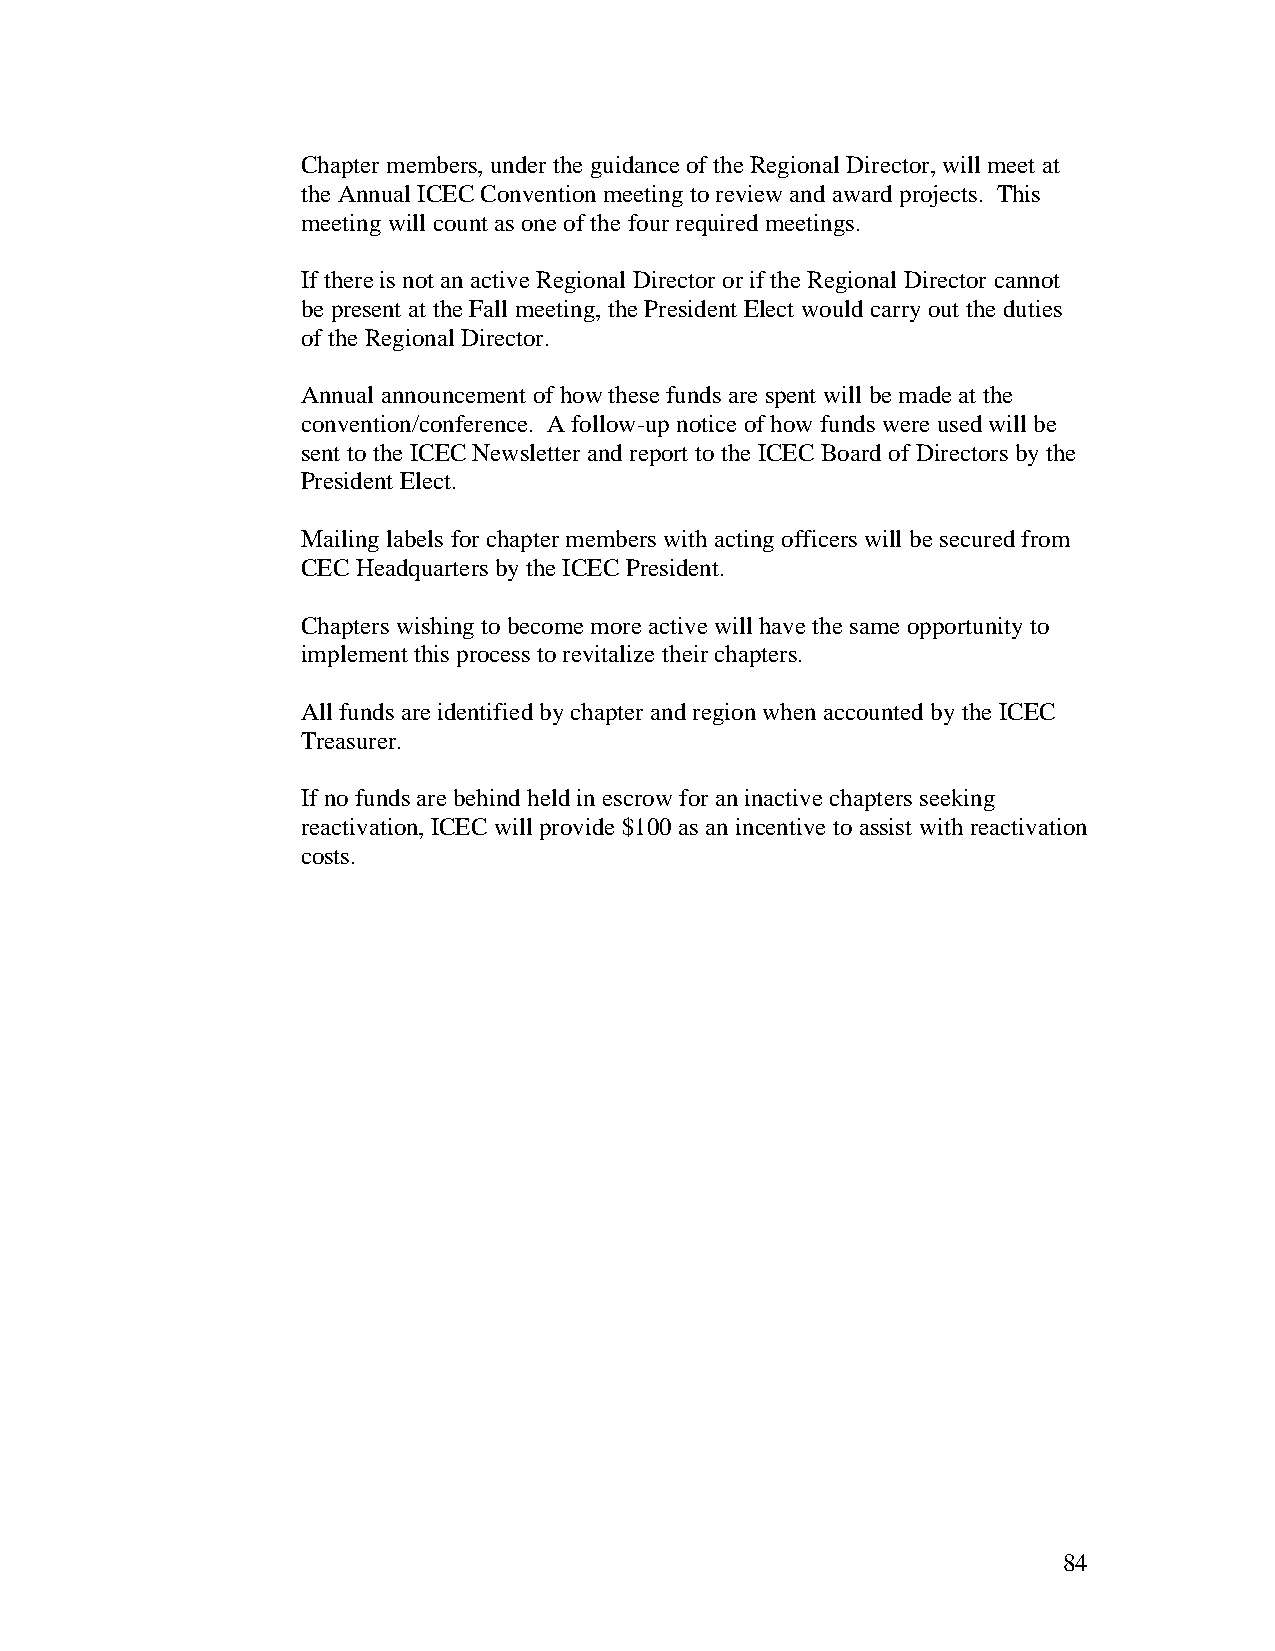
Chapter members, under the guidance of the Regional Director, will meet at
 the Annual ICEC Convention meeting to review and award projects. This
 meeting will count as one of the four required meetings.
 If there is not an active Regional Director or if the Regional Director cannot
 be present at the Fall meeting, the President Elect would carry out the duties
 of the Regional Director.
 Annual announcement of how these funds are spent will be made at the
 convention/conference. A follow-up notice of how funds were used will be
 sent to the ICEC Newsletter and report to the ICEC Board of Directors by the
 President Elect.
 Mailing labels for chapter members with acting officers will be secured from
 CEC Headquarters by the ICEC President.
 Chapters wishing to become more active will have the same opportunity to
 implement this process to revitalize their chapters.
 All funds are identified by chapter and region when accounted by the ICEC
 Treasurer.
 If no funds are behind held in escrow for an inactive chapters seeking
 reactivation, ICEC will provide $100 as an incentive to assist with reactivation
 costs.
 84